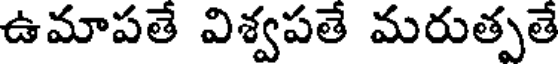
ఉమాపతే విశ్వపతే మరుత్పతే